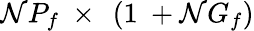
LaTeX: \mathcal{N}P_{f}\ \times\ \left(1\ +\mathcal{N}G_{f}\right)